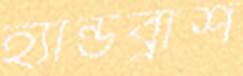
হ্যান্ডব্রাশ